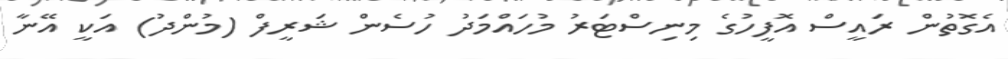
އެގޮތުން ރައީސް އޮފީހުގެ މިނިސްޓަރު މުހައްމަދު ހުސެން ޝަރީފް (މުންދު) އަކީ އޭނާ